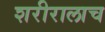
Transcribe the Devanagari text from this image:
शरीरालाच